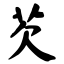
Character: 芡